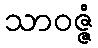
သာဝဇ္ဇံ